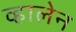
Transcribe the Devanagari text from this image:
व्हालेन